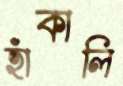
হাঁকালি